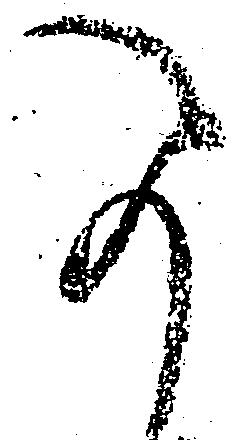
可